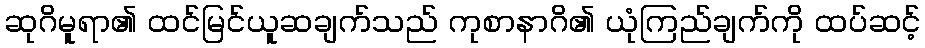
ဆုဂိမူရာ၏ ထင်မြင်ယူဆချက်သည် ကုစာနာဂိ၏ ယုံကြည်ချက်ကို ထပ်ဆင့်